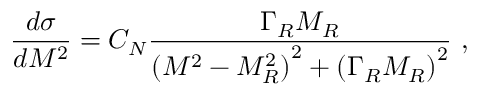
\frac { d \sigma } { d M ^ { 2 } } = { C _ { N } } \frac { \Gamma _ { R } M _ { R } } { { ( M ^ { 2 } - { M _ { R } ^ { 2 } } ) } ^ { 2 } + { ( \Gamma _ { R } M _ { R } ) } ^ { 2 } } \ ,